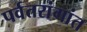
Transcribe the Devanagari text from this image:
पर्वतरांगांत